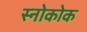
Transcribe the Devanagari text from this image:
स्नोकोक